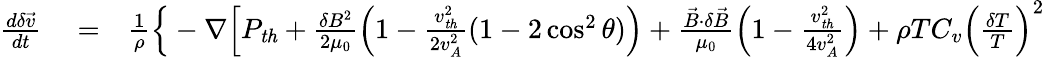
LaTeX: \begin{array}{rlr}{\frac{d\delta\vec{v}}{dt}}&{{}=}&{\frac{1}{\rho}\Big\{ -\nabla\Big[P_{\mathit{th}}+\frac{\delta B^{2}}{2\mu_{0}}\Big(1-\frac{v_{\mathit{th}}^{2}}{2v_{A}^{2}}(1-2\cos^{2}\theta)\Big)+\frac{\vec{B}\cdot\delta\vec{B}}{\mu_{0}}\Big(1-\frac{v_{\mathit{th}}^{2}}{4v_{A}^{2}}\Big)+\rho TC_{v}\Big(\frac{\delta T}{T}\Big)^{2}}\end{array}